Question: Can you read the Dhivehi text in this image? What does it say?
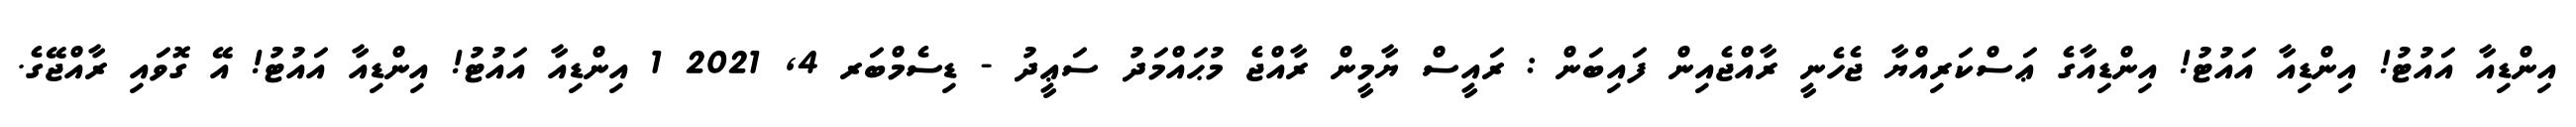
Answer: އިންޑިއާ އައުޓު! އިންޑިއާ އައުޓު! އިންޑިއާގެ ޢަސްކަރިއްޔާ ޖެހެނީ ރާއްޖެއިން ފައިބަން : ރައީސް ޔާމީން ރާއްޖެ މުޙައްމަދު ސަޢީދު - ޑިސެމްބަރ 4, 2021 1 އިންޑިއާ އައުޓު! އިންޑިއާ އައުޓު! އޭ ގޮވައި ރާއްޖޭގެ.